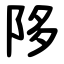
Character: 陊